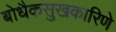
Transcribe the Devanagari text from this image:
बोधैकसुखकारिणे